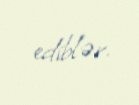
ediblər.